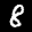
Label: 8